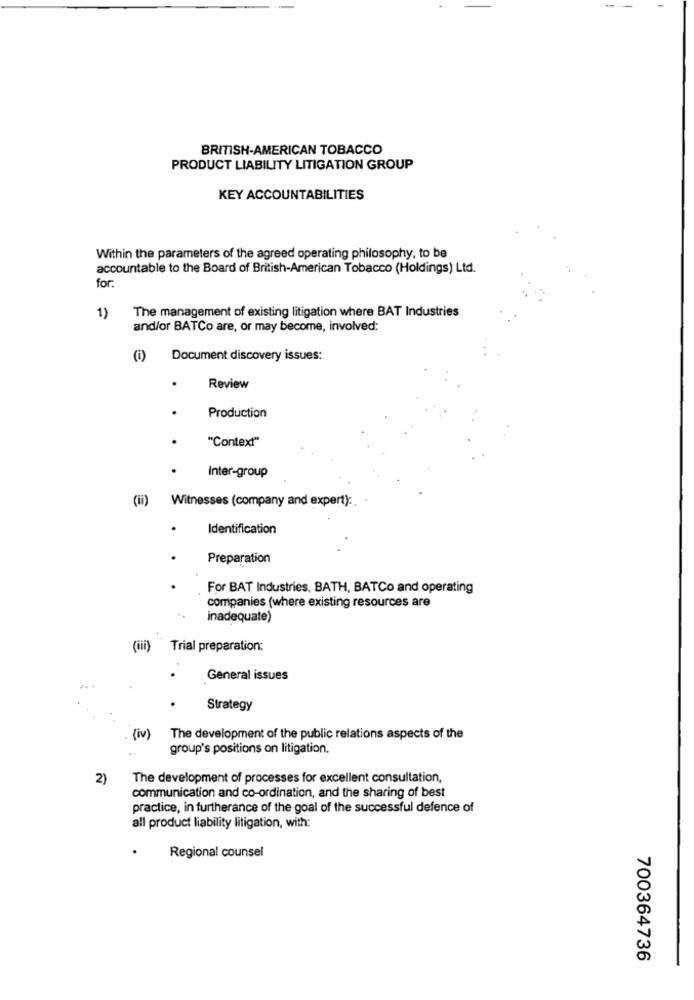
BRITISH-AMERICAN TOBACCO
PRODUCT LIABILITY LITIGATION GROUP
KEY ACCOUNTABILITIES
Within the parameters of the agreed operating philosophy, to be
accountable to the Board of British-American Tobacco (Holdings) Ltd.
for
The management of existing litigation where BAT Industries
1)
and/or BATCo are, or may become, involved:
(i) Document discovery issues:
.
Review
.
Production
.
"Context"
Inter-group
(ii) Witnesses (company and expert):
Identification
Preparation
For BAT Industries, BATH, BATCo and operating
companies (where existing resources are
..
inadequate)
(iii) Trial preparation:
General issues
Strategy
(iv)
The development of the public relations aspects of the
group's positions on litigation.
2)
The development of processes for excellent consultation,
communication and co-ordination, and the sharing of best
practice, in furtherance of the goal of the successful defence of
all product liability litigation, with:
Regional counsel
700364736